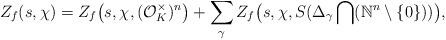
LaTeX: \begin{align*}Z_f(s, \chi)=Z_f\big(s, \chi, (\mathcal{O}_K^{\times})^n\big)+\sum_{\gamma}Z_f\big(s, \chi, S(\Delta_{\gamma}\bigcap (\mathbb{N}^n\setminus \{0\}))\big),\end{align*}